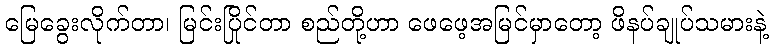
မြေခွေးလိုက်တာ၊ မြင်းပြိုင်တာ စည်တို့ဟာ ဖေဖေ့အမြင်မှာတော့ ဖိနပ်ချုပ်သမားနဲ့